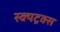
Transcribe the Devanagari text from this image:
स्क्यट्रक्स